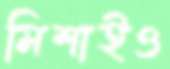
মিশাইও